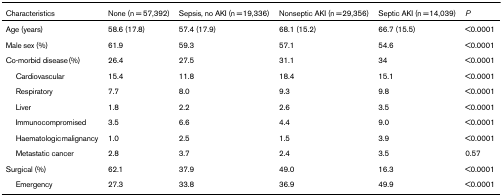
<table><thead><tr><td><b>Characteristics</b></td><td><b>None (n = 57,392)</b></td><td><b>Sepsis, no AKI (n = 19,336)</b></td><td><b>Nonseptic AKI (n = 29,356)</b></td><td><b>Septic AKI (n = 14,039)</b></td><td><b><i>P</i></b></td></tr></thead><tbody><tr><td>Age (years)</td><td>58.6 (17.8)</td><td>57.4 (17.9)</td><td>68.1 (15.2)</td><td>66.7 (15.5)</td><td>&lt;0.0001</td></tr><tr><td>Male sex (%)</td><td>61.9</td><td>59.3</td><td>57.1</td><td>54.6</td><td>&lt;0.0001</td></tr><tr><td>Co-morbid disease (%)</td><td>26.4</td><td>27.5</td><td>31.1</td><td>34</td><td>&lt;0.0001</td></tr><tr><td> Cardiovascular</td><td>15.4</td><td>11.8</td><td>18.4</td><td>15.1</td><td>&lt;0.0001</td></tr><tr><td> Respiratory</td><td>7.7</td><td>8.0</td><td>9.3</td><td>9.8</td><td>&lt;0.0001</td></tr><tr><td> Liver</td><td>1.8</td><td>2.2</td><td>2.6</td><td>3.5</td><td>&lt;0.0001</td></tr><tr><td> Immunocompromised</td><td>3.5</td><td>6.6</td><td>4.4</td><td>9.0</td><td>&lt;0.0001</td></tr><tr><td> Haematologic malignancy</td><td>1.0</td><td>2.5</td><td>1.5</td><td>3.9</td><td>&lt;0.0001</td></tr><tr><td> Metastatic cancer</td><td>2.8</td><td>3.7</td><td>2.4</td><td>3.5</td><td>0.57</td></tr><tr><td>Surgical (%)</td><td>62.1</td><td>37.9</td><td>49.0</td><td>16.3</td><td>&lt;0.0001</td></tr><tr><td> Emergency</td><td>27.3</td><td>33.8</td><td>36.9</td><td>49.9</td><td>&lt;0.0001</td></tr></tbody></table>